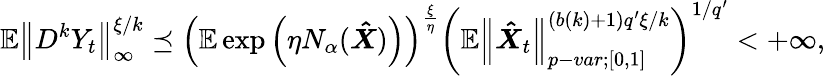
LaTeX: \mathbb{E}{\left\lVert{D^{k}Y_{t}}\right\rVert}_{\infty}^{\xi/k}\preceq\left(\mathbb{E}\exp\left(\eta N_{\alpha}(\boldsymbol{\hat{X}})\right)\right)^{\frac{\xi}{\eta}}\left(\mathbb{E}{\left\lVert{\boldsymbol{\hat{X}}_{t}}\right\rVert}_{p-var;[0,1]}^{(b(k)+1)q^{\prime}\xi/k}\right)^{1/q^{\prime}}<+\infty,